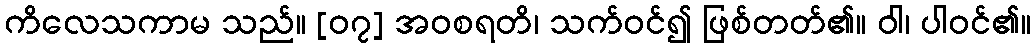
ကိလေသကာမ သည်။ [၀၇] အဝစရတိ၊ သက်ဝင်၍ ဖြစ်တတ်၏။ ဝါ၊ ပါဝင်၏။